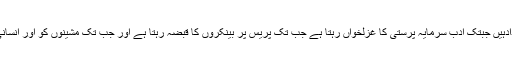
جب تک دنیا میں منافعہ کا رواج ہے جب تک کہ ذرائع پیدائش شخصی جائدادہیں جبتک ادب سرمایہ پرستی کا غزلخواں رہتا ہے جب تک پریس پر بینکروں کا قبضہ رہتا ہے اور جب تک مشینوں کو اور انسانی ہاتھوں کی پیداوار کو جمہوری اشتراک کے اصولوں پر تقسیم نہیں کیاجاتا۔